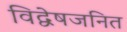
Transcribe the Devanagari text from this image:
विद्वेषजनित